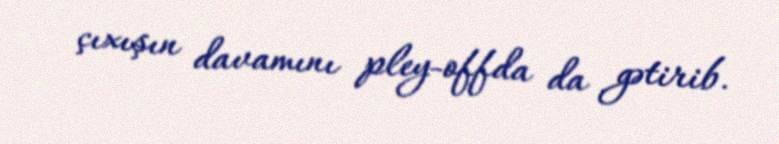
çıxışın davamını pley-offda da gətirib.